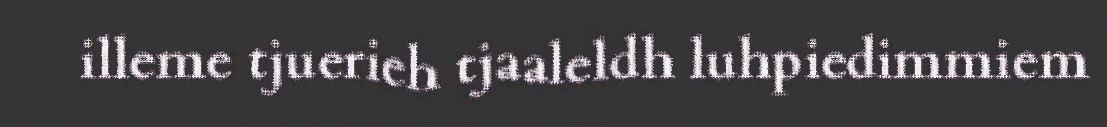
illeme tjuerieh tjaaleldh luhpiedimmiem